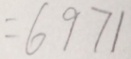
= 6 9 7 1